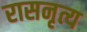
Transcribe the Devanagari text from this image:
रासनृत्य